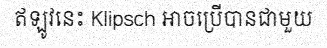
ឥឡូវនេះ Klipsch អាចប្រើបានជាមួយ